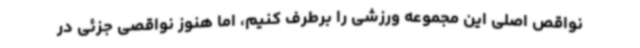
نواقص اصلی این مجموعه ورزشی را برطرف کنیم، اما هنوز نواقصی جزئی در